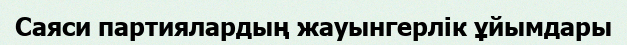
Саяси партиялардың жауынгерлік ұйымдары